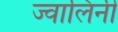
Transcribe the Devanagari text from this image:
ज्वालिनी